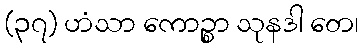
(၃၇) ဟံသာ ကောဉ္စာ သုနဒါ တေ၊